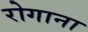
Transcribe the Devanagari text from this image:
रोगाना